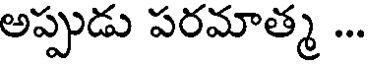
అప్పుడు పరమాత్మ ...